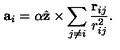
{ \bf a } _ { i } = \alpha \hat { \bf z } \times \sum _ { j \neq i } \frac { { \bf r } _ { i j } } { r _ { i j } ^ { 2 } } .